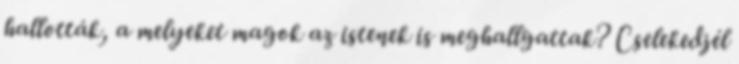
hallották, a melyeket magok az istenek is meghallgattak? Cselekedjél